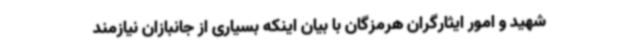
شهید و امور ایثارگران هرمزگان با بیان اینکه بسیاری از جانبازان نیازمند